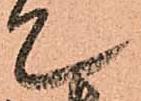
て